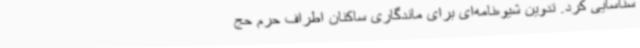
شناسایی کرد. تدوین شیوه‌نامه‌ای برای ماندگاری ساکنان اطراف حرم حج